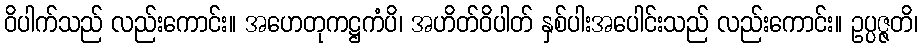
ဝိပါက်သည် လည်းကောင်း။ အဟေတုကဋ္ဌကံပိ၊ အဟိတ်ဝိပါတ် နှစ်ပါးအပေါင်းသည် လည်းကောင်း။ ဥပ္ပဇ္ဇတိ၊